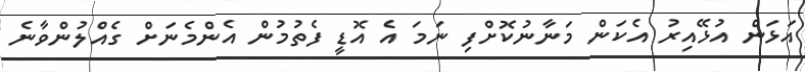
އަޅަން އުޅޭއިރު އެކަން މަނާނުކޮށްފި ނަމަ އެ އޮޑީ ފެތުމުން އެންމެނަށް ގެއްލުންވާނެ